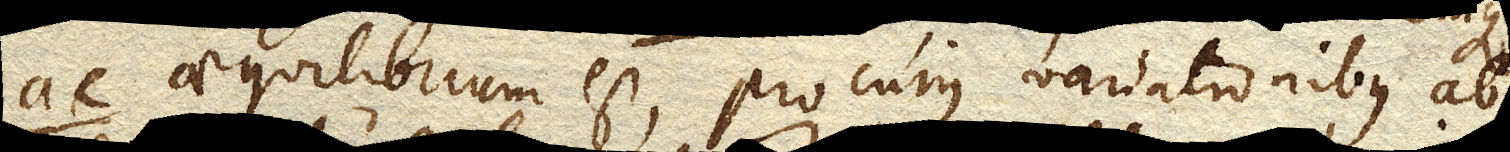
ac aequilibrium est, pro cujus variationibus ab